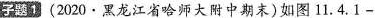
子题1(2020·黑龙江省哈师大附中期末)如图11.4.1-